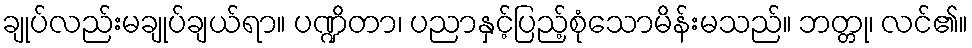
ချုပ်လည်းမချုပ်ချယ်ရာ။ ပဏ္ဍိတာ၊ ပညာနှင့်ပြည့်စုံသောမိန်းမသည်။ ဘတ္တု၊ လင်၏။